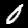
Label: 0